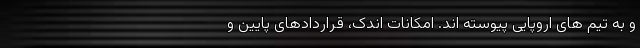
و به تیم های اروپایی پیوسته اند. امکانات اندک، قراردادهای پایین و